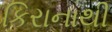
કિરાનાથી